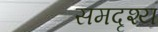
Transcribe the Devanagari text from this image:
समदृश्य